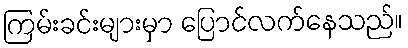
ကြမ်းခင်းများမှာ ပြောင်လက်နေသည်။